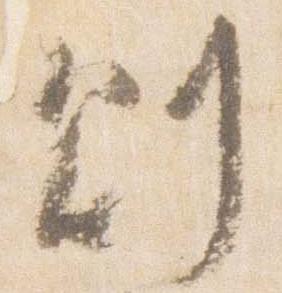
則